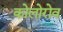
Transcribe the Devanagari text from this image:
कोलोरोव